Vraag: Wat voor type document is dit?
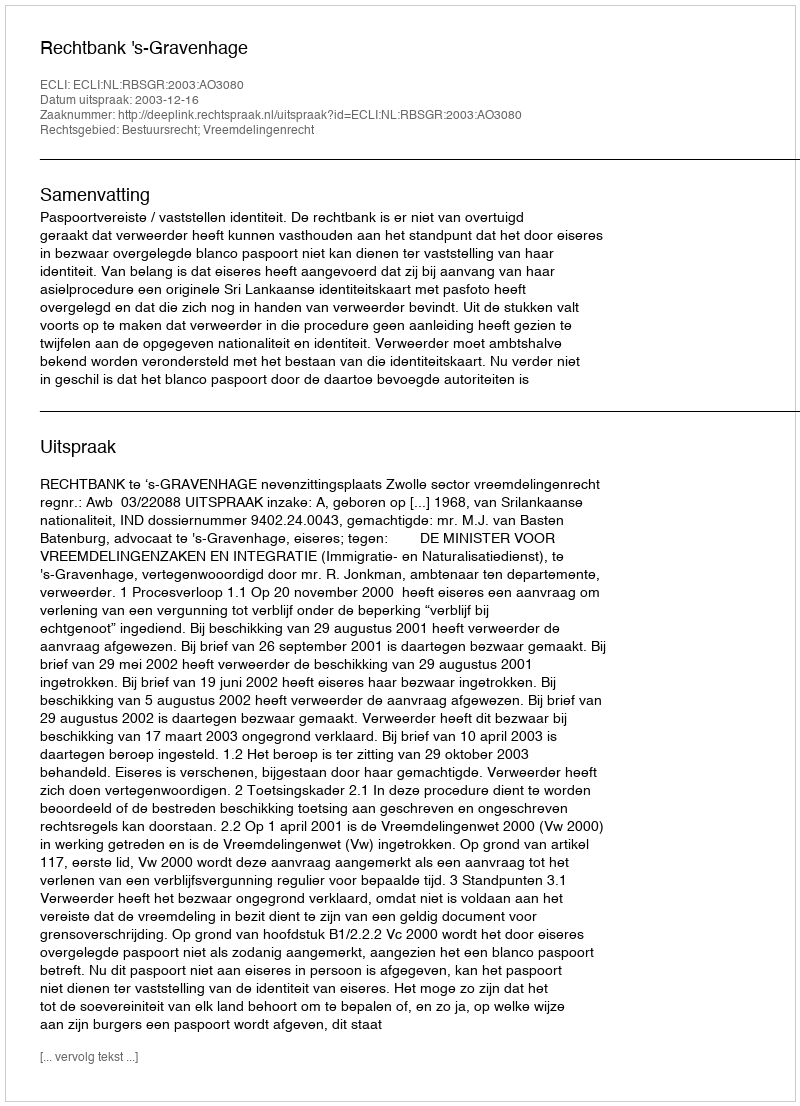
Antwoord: Uitspraak